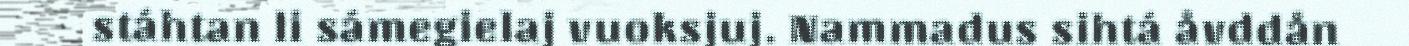
stáhtan li sámegielaj vuoksjuj. Nammadus sihtá åvddån